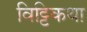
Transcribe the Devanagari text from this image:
विट्टिकथा